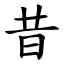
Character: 昔